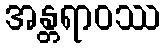
အန္တရာဝဿ